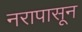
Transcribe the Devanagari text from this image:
नरापासून